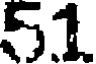
51